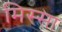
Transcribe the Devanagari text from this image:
मिस्सा